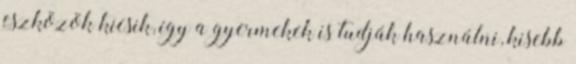
eszközök kicsik, így a gyermekek is tudják használni, kisebb